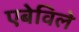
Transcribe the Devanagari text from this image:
एबेविले